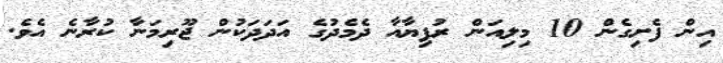
އިން ފެށިގެން 10 މިލިއަން ރުފިޔާއާ ދެމެދުގެ އަދަދަކުން ޖޫރިމަނާ ކުރާނެ އެވެ.